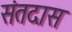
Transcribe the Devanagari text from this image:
संतदास